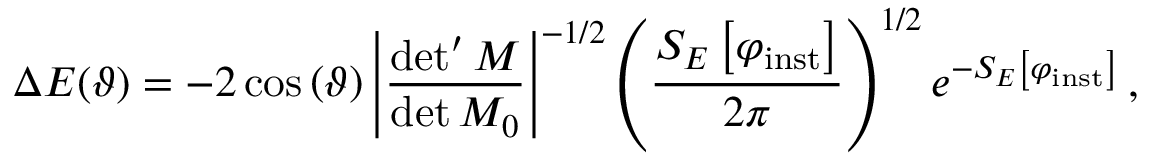
\Delta E ( \vartheta ) = - 2 \cos \left( \vartheta \right) \left| \frac { \operatorname * { d e t } ^ { \prime } M } { \operatorname * { d e t } M _ { 0 } } \right| ^ { - 1 / 2 } \left( \frac { S _ { E } \left[ \varphi _ { \mathrm { i n s t } } \right] } { 2 \pi } \right) ^ { 1 / 2 } e ^ { - S _ { E } \left[ \varphi _ { \mathrm { i n s t } } \right] } \, ,